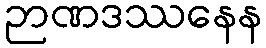
ဉာဏဒဿနေန